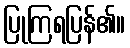
ပြုကြရပြန်၏။